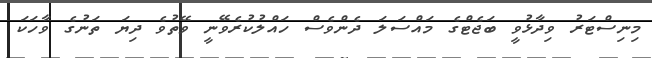
މިނިސްޓަރު ވިދާޅުވީ ބަޖެޓްގެ މައްސަލަ ދެންވެސް ހައްލުކުރެވޭނީ ވޭތުވެ ދިޔަ ތަނުގެ ވާހަކަ